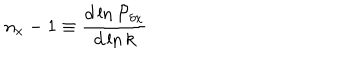
LaTeX: n _ { x } - 1 \equiv { \frac { d \ln { \cal P } _ { \delta x } } { d \ln k } }